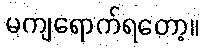
မကျရောက်ရတော့။